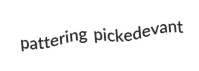
pattering pickedevant